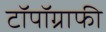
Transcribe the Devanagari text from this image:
टॉपॉग्राफी